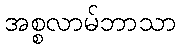
အစ္စလာမ်ဘာသာ